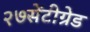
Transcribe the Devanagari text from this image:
२७सेंटीग्रेड